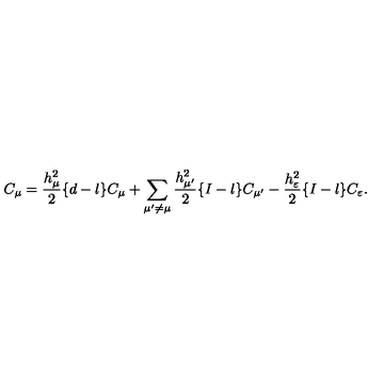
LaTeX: C _ { \mu } = \frac { h _ { \mu } ^ { 2 } } { 2 } \{ d - l \} C _ { \mu } + \sum _ { \mu ^ { \prime } \not = \mu } \frac { h _ { \mu ^ { \prime } } ^ { 2 } } { 2 } \{ I - l \} C _ { \mu ^ { \prime } } - \frac { h _ { \varepsilon } ^ { 2 } } { 2 } \{ I - l \} C _ { \varepsilon } .